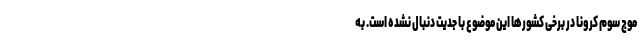
موج سوم کرونا در برخی کشورها این موضوع با جدیت دنبال نشده است. به